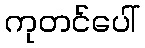
ကုတင်ပေါ်